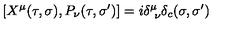
[ X ^ { \mu } ( \tau , \sigma ) , P _ { \nu } ( \tau , \sigma ^ { \prime } ) ] = i \delta _ { \ \nu } ^ { \mu } \delta _ { c } ( \sigma , \sigma ^ { \prime } )